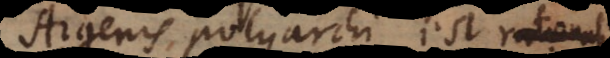
Argenis polyarchi est rationalis;